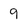
Character: 9